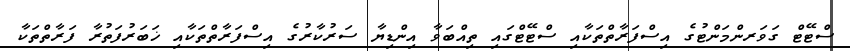
ސްޓޭޓް ގަވަރންމަންޓުގެ އިސްފަރާތްތަކާއި ސްޓޭޓްގައި ތިއްބަވާ އިންޑިޔާ ސަރުކާރުގެ އިސްފަރާތްތަކާއި ޚަބަރުފަތުރާ ފަރާތްތަކާ